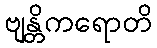
ဗျန္တိကရောတိ